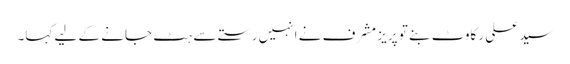
سید علی رکاوٹ بنے تو پریز مشرف نے انہیں رستے سے ہٹ جانے کے لیے کہا۔